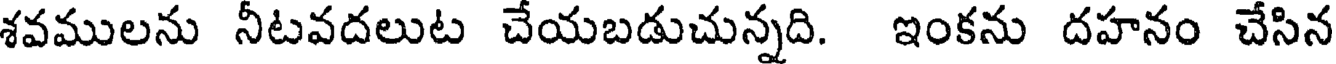
శవములను నీటవదలుట చేయబడుచున్నది. ఇంకను దహనం చేసిన